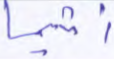
أثيما